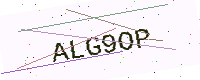
Text: ALG9OP